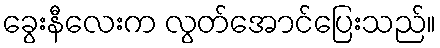
ခွေးနီလေးက လွတ်အောင်ပြေးသည်။